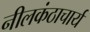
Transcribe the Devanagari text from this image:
नीलकंठाचार्य